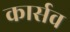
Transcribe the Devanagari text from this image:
कार्सव